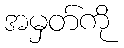
အမှတ်ကို